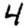
Digit: 4